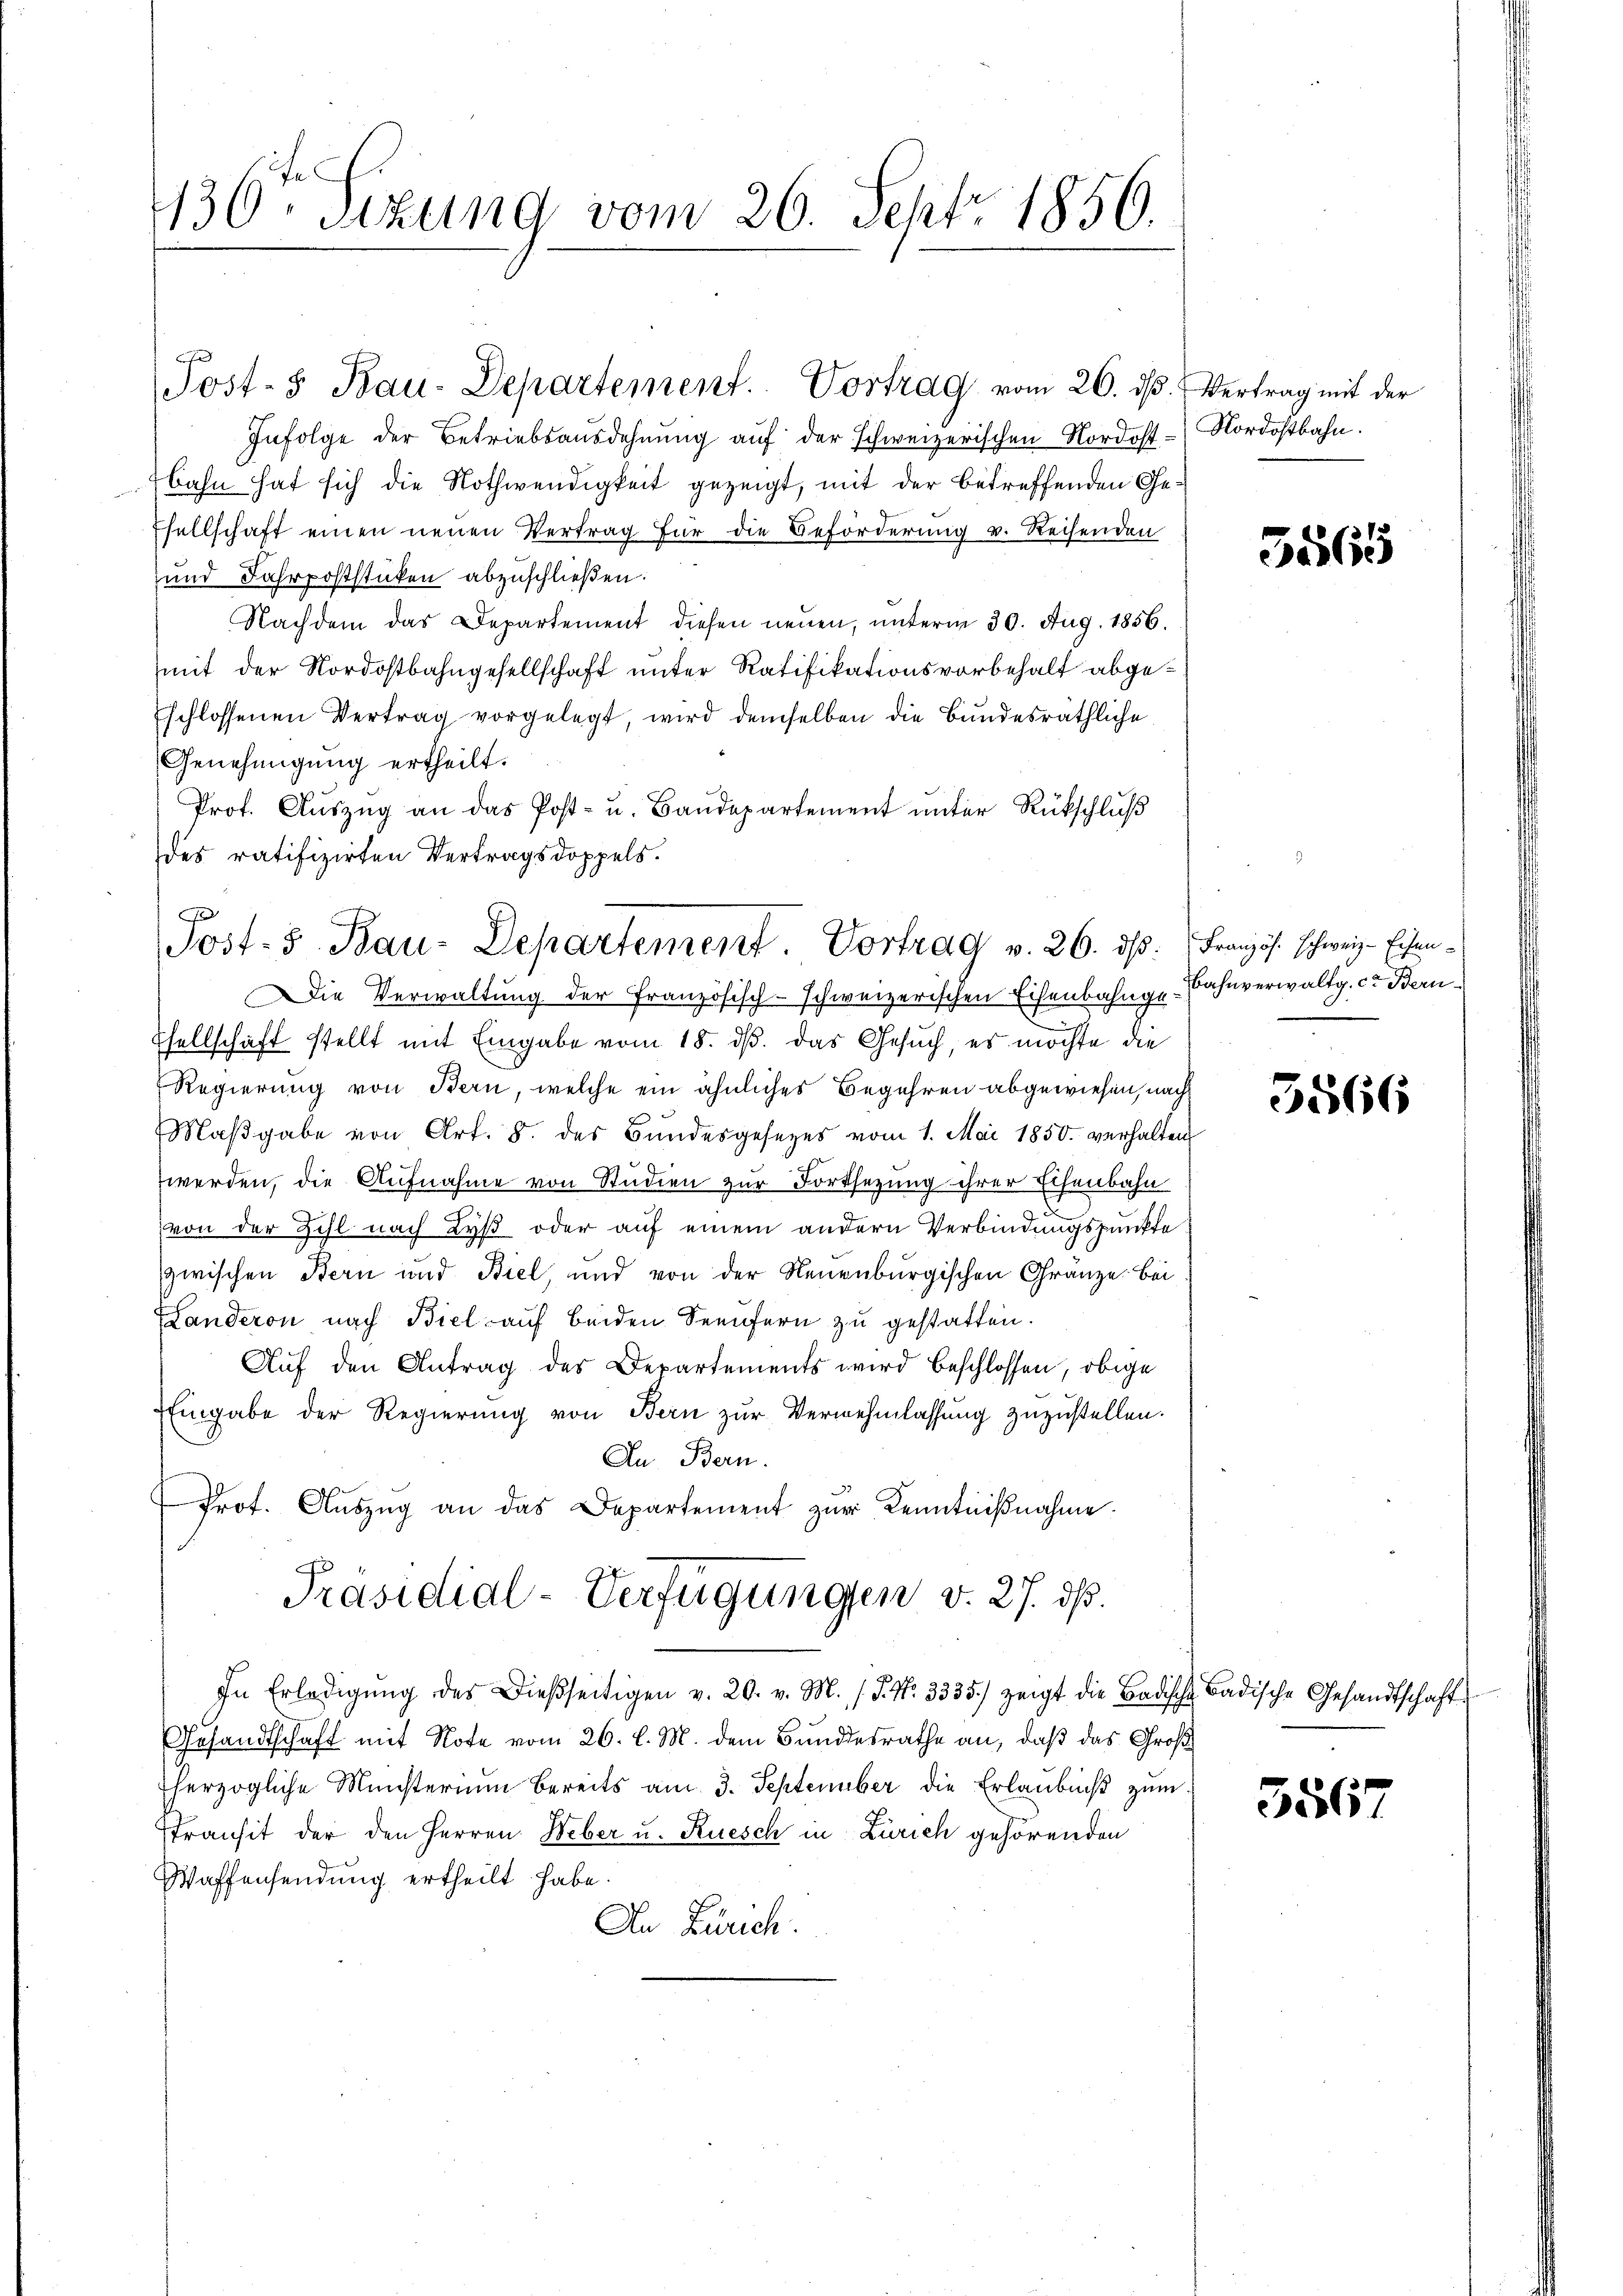
130. Sizung vom 26. Sept. 1856.

Post- & Bau-Departement. Vortrag vom 26. dβ. Vertrag mit der
Infolge der Betriebsausdehnung auf der schweizerischen Nordost- Nordostbahn.
bahn hat sich die Nothwendigkeit gezeigt, mit der betreffenden Ge¬
Esellschaft einen neuen Vertrag für die Beförderung v. Reisenden
und Fahrpoststücken abzuschließen.
Nachdem das Departement diesen neuen, unterm 30. Aug. 1856.
mit der Nordostbahngesellschaft unter Ratifikationsvorbehalt abgeschlossenen Vertrag vorgelegt, wird demselben die Bundesräthliche
Genehmigung ertheilt.
Prot. Aŭszŭg an das Post- u. Baŭdepartement ŭnter Rückschluß
des ratifizirten Vertragsdoppels.
x
Die Verwaltung der Französisch-schweizerischen Eisenbahnge-Bahnverwaltg. c. Bern
sellschaft stellt mit Eingabe vom 18. ds. das Gesuch, es möchte die
Regierung von Bern, welche ein ähnliches Begehren abgewiesen, nach
Maβgabe von Art. 8. des Bŭndesgesetzes vom 1. Mai 1850 verhalten
werden, die Aufnahme von Studien zur Fortsetzung ihrer Eisenbahn
von der Zihl nach Lyß oder auf einem andern Verbindungspunkte
zwischen Bern und Biel, und von der Neuenburgischen Gränze bei
Landeron nach Biel auf beiden Seeufern zu gestatten.
Auf den Antrag des Departements wird beschlossen, obige
Eingabe der Regierung von Bern zur Vernehmlassung zuzustellen.
Au Bern.
Prof. Aŭszŭg an das Departement zŭr Kenntnißnahme.
Präsidial-Verfügungen v. 27. dß.
In Erledigŭng des dießseitigen v. 20. v. M. (S. Nr. 3335.) zeigt die Badische Badische Gesandtschaft
Gesandtschaft mit Note vom 26. l. M. dem Bundesrathe an, daß das Großherzogliche Münsterium bereits am 3. September die Erlaubniß zum
stransit der den Herren Weber u. Rüesch in Zürich gehörenden
Waffensendung ertheilt habe.
An Zürich.

Jost- 5. Bau-Departement. Vortrag v. 26. dβ: Französ. schweiz. Eisen¬

3565

5566

5867